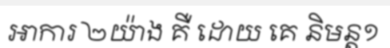
អាការ ២យ៉ាង គឺ ដោយ គេ និមន្ត១